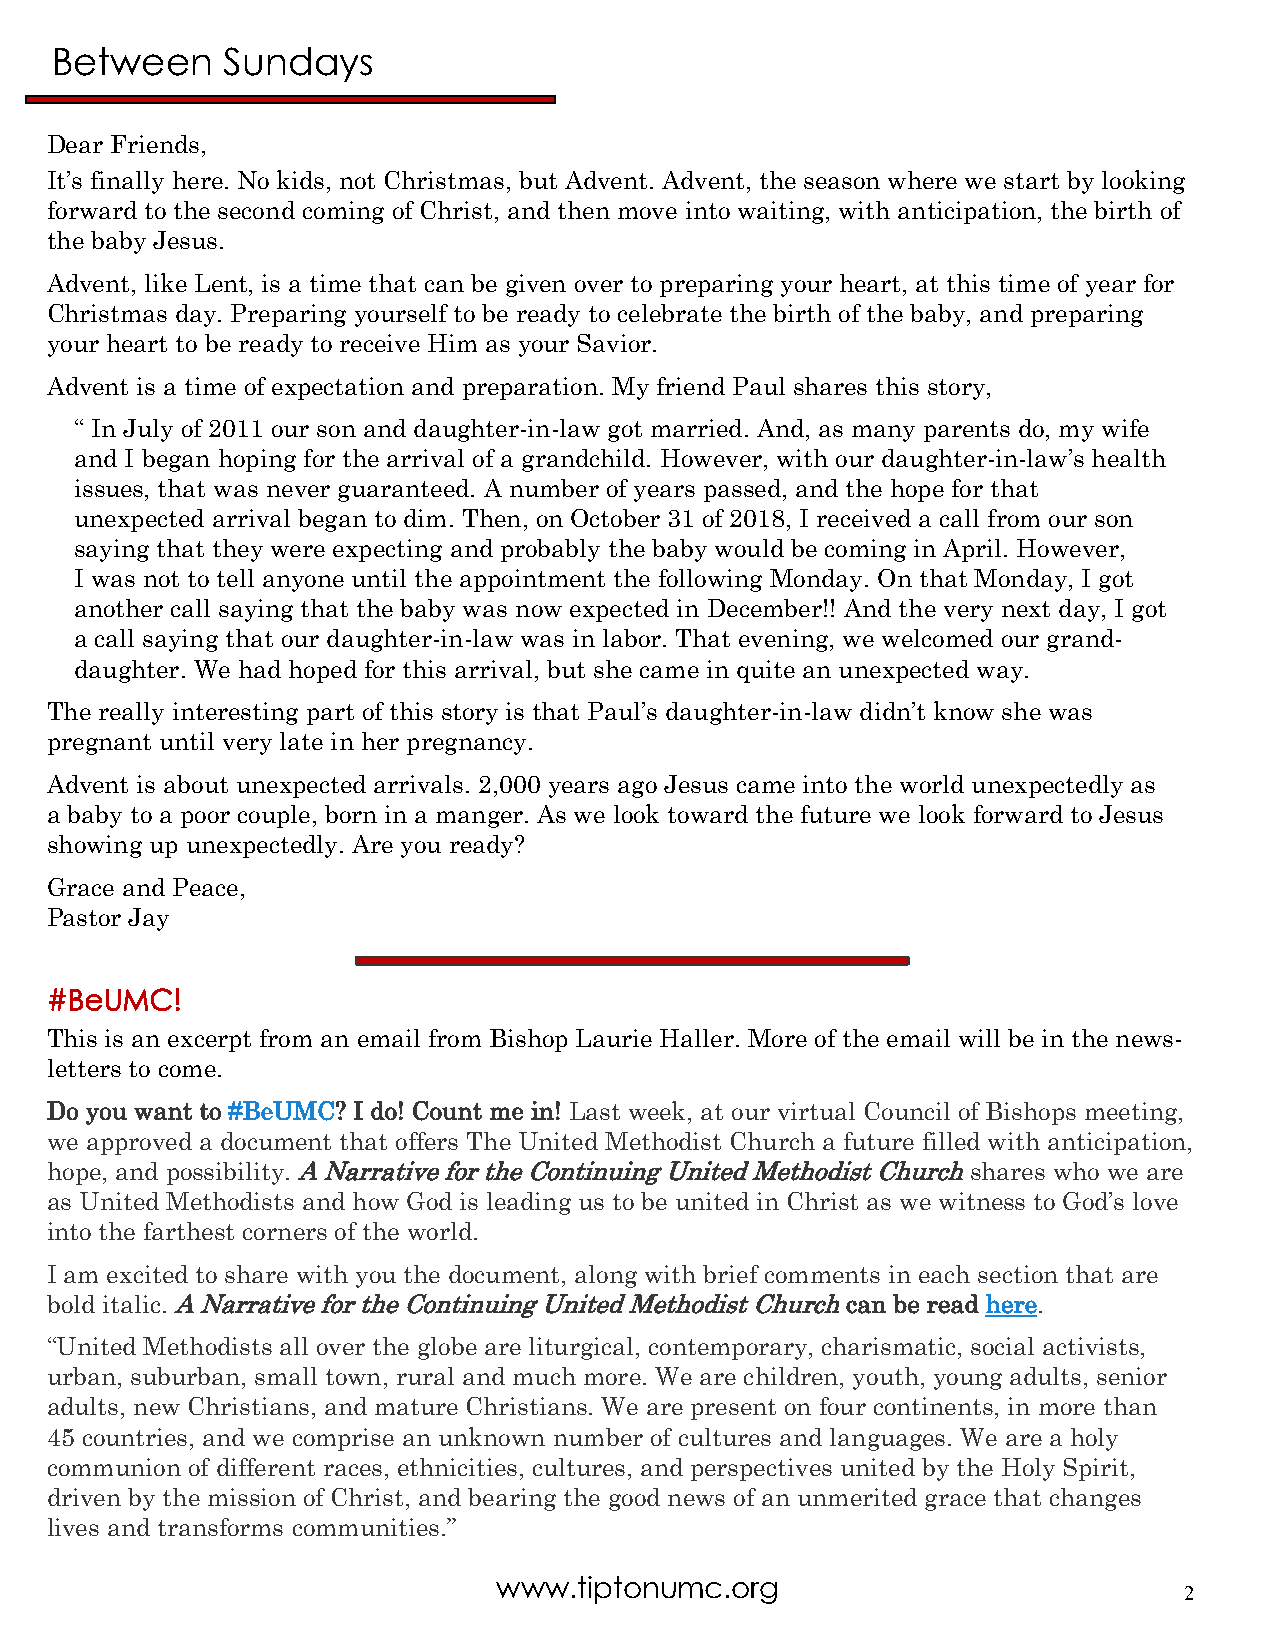
Between     Sundays
 Dear Friends,
 It’s finally here. No kids, not Christmas, but Advent. Advent, the season where we start by looking
 forward to the second coming of Christ, and then move into waiting, with anticipation, the birth of
 the baby Jesus.
 Advent, like Lent, is a time that can be given over to preparing your heart, at this time of year for
 Christmas day. Preparing yourself to be ready to celebrate the birth of the baby, and preparing
 your heart to be ready to receive Him as your Savior.
 Advent is a time of expectation and preparation. My friend Paul shares this story,
 “ In July of 2011 our son and daughter-in-law got married. And, as many parents do, my wife
 and I began hoping for the arrival of a grandchild. However, with our daughter-in-law’s health
 issues, that was never guaranteed. A number of years passed, and the hope for that
 unexpected arrival began to dim. Then, on October 31 of 2018, I received a call from our son
 saying that they were expecting and probably the baby would be coming in April. However,
 I was not to tell anyone until the appointment the following Monday. On that Monday, I got
 another call saying that the baby was now expected in December!! And the very next day, I got
 a call saying that our daughter-in-law was in labor. That evening, we welcomed our grand-
 daughter. We had hoped for this arrival, but she came in quite an unexpected way.
 The really interesting part of this story is that Paul’s daughter-in-law didn’t know she was
 pregnant until very late in her pregnancy.
 Advent is about unexpected arrivals. 2,000 years ago Jesus came into the world unexpectedly as
 a baby to a poor couple, born in a manger. As we look toward the future we look forward to Jesus
 showing up unexpectedly. Are you ready?
 Grace and Peace,
 Pastor Jay
 #BeUMC!
 This is an excerpt from an email from Bishop Laurie Haller. More of the email will be in the news-
 letters to come.
 Do you want to #BeUMC? I do! Count me in! Last week, at our virtual Council of Bishops meeting,
 we approved a document that offers The United Methodist Church a future filled with anticipation,
 hope, and possibility. A Narrative for the Continuing United Methodist Church shares who we are
 as United Methodists and how God is leading us to be united in Christ as we witness to God’s love
 into the farthest corners of the world.
 I am excited to share with you the document, along with brief comments in each section that are
 bold italic. A Narrative for the Continuing United Methodist Church can be read here.
 “United Methodists all over the globe are liturgical, contemporary, charismatic, social activists,
 urban, suburban, small town, rural and much more. We are children, youth, young adults, senior
 adults, new Christians, and mature Christians. We are present on four continents, in more than
 45 countries, and we comprise an unknown number of cultures and languages. We are a holy
 communion of different races, ethnicities, cultures, and perspectives united by the Holy Spirit,
 driven by the mission of Christ, and bearing the good news of an unmerited grace that changes
 lives and transforms communities.”
 www.tiptonumc.org
 2